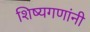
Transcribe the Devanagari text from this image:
शिष्यगणांनी